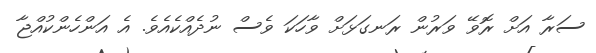
ސަރާ އަށް ރޮވޭ ވަރުން ރަނގަޅަށް ވާހަކަ ވެސް ނުދެއްކެއެވެ. އެ އަންހެންކުއްޖާ